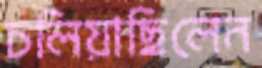
চলিয়াছিলেন